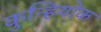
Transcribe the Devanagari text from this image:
कुन्हियोक